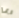
ربما